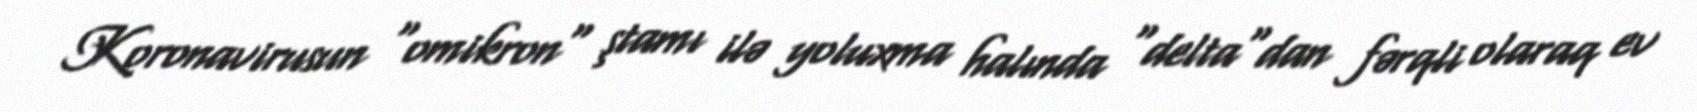
Koronavirusun "omikron" ştamı ilə yoluxma halında "delta"dan fərqli olaraq ev